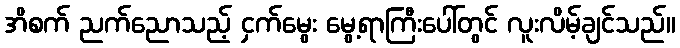
အိစက် ညက်ညောသည့် ငှက်မွေး မွေ့ရာကြီးပေါ်တွင် လူးလိမ့်ချင်သည်။